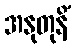
အနုတုနိံ